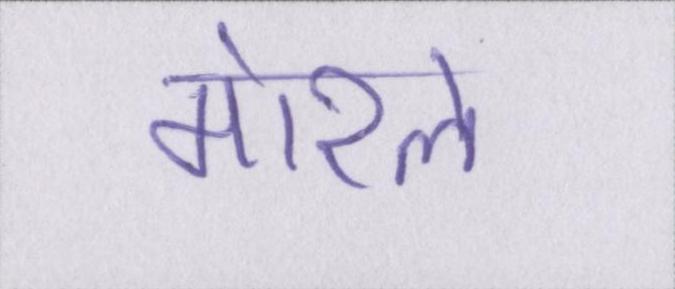
मोरल